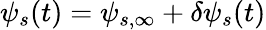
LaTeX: \psi_{s}(t)=\psi_{s,\infty}+\delta\psi_{s}(t)